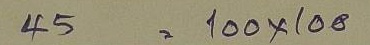
45 = 100 x 100